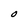
Character: O